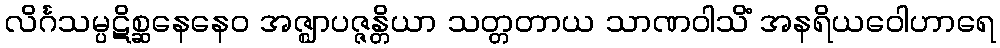
လိင်္ဂသမ္ပဋိစ္ဆနေနေဝ အဇ္ဈာပဇ္ဇန္တိယာ သတ္တတာယ သာဏဝါသိံ အနရိယဝေါဟာရေ